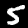
Label: 5